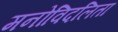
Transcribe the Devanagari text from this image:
मनोविदलिता